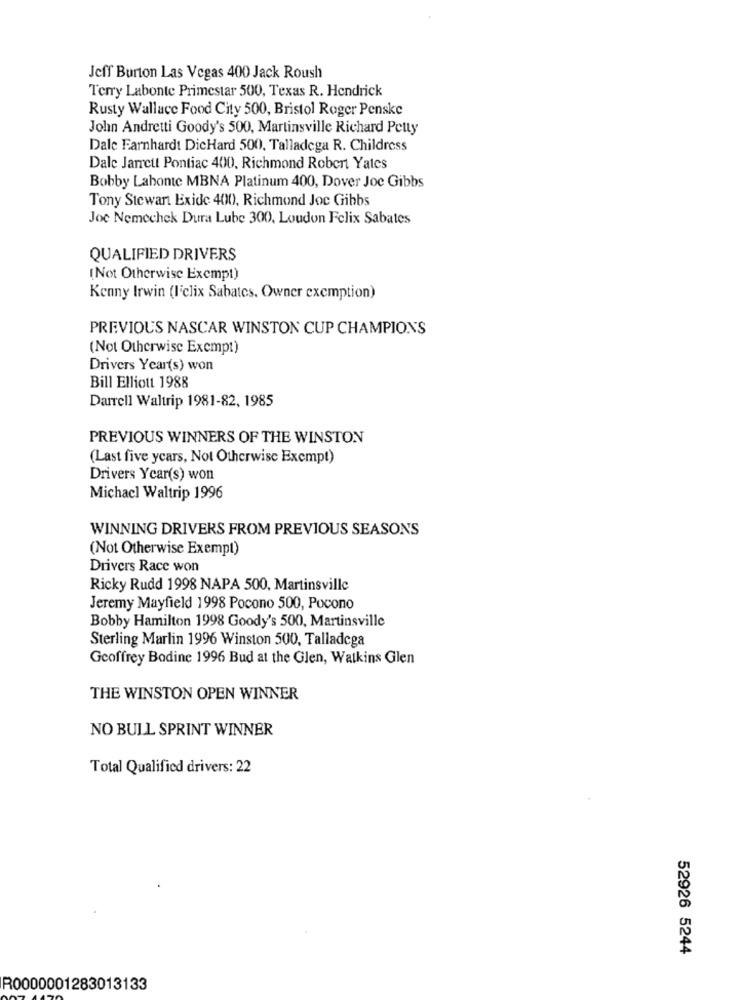
Jeff Burton Las Vegas 400 Jack Roush
Terry Labonte Primestar 500, Texas R. Hendrick
Rusty Wallace Food City 500, Bristol Roger Penske
John Andretti Goody's 500, Martinsville Richard Petty
Dale Earnhardt DicHard 500, Talladega R. Childress
Dale Jarrett Pontiac 400, Richmond Robert Yates
Bobby Labonte MBNA Platinum 400, Dover Joe Gibbs
Tony Stewart Exide 400, Richmond Joc Gibbs
Joe Nemechek Dura Lube 300, Loudon Felix Sabates
QUALIFIED DRIVERS
(Not Otherwise Exempt)
Kenny Irwin (Iclix Sabates. Owner exemption)
PREVIOUS NASCAR WINSTON CUP CHAMPIONS
(Not Otherwise Exempt)
Drivers Year(s) won
Bill Elliott 1988
Darrell Waltrip 1981-82, 1985
PREVIOUS WINNERS OF THE WINSTON
(Last five years, Not Otherwise Exempt)
Drivers Ycar(s) won
Michacl Waltrip 1996
WINNING DRIVERS FROM PREVIOUS SEASONS
(Not Otherwise Exempt)
Drivers Race won
Ricky Rudd 1998 NAPA 500, Martinsville
Jeremy Mayfield 1998 Pocono 500, Pocono
Bobby Hamilton 1998 Goody's 500, Martinsville
Sterling Marlin 1996 Winston 500, Talladega
Geoffrey Bodine 1996 Bud at the Glen, Watkins Glen
THE WINSTON OPEN WINNER
NO BULL SPRINT WINNER
Total Qualified drivers: 22
52926 5244
R0000001283013133